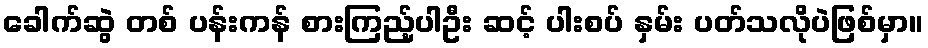
ခေါက်ဆွဲ တစ် ပန်းကန် စားကြည့်ပါဦး ဆင့် ပါးစပ် နှမ်း ပတ်သလိုပဲဖြစ်မှာ။